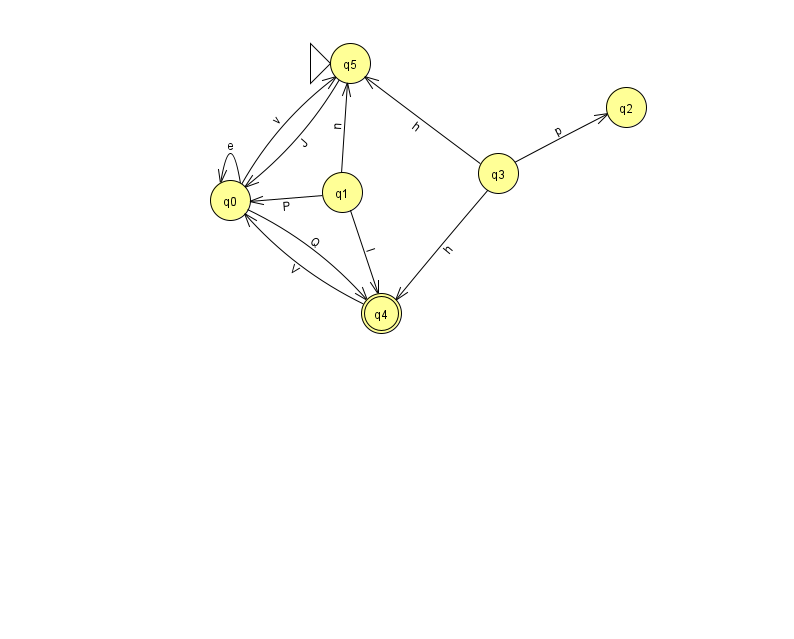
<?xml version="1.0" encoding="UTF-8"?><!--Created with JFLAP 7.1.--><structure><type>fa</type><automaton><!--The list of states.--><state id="0" name="q0"><x>230.0</x><y>187.0</y></state><state id="1" name="q1"><x>342.0</x><y>179.0</y></state><state id="2" name="q2"><x>626.0</x><y>94.0</y></state><state id="3" name="q3"><x>498.0</x><y>160.0</y></state><state id="4" name="q4"><x>381.0</x><y>300.0</y><final/></state><state id="5" name="q5"><x>350.0</x><y>50.0</y><initial/></state><!--The list of transitions.--><transition><from>0</from><to>4</to><read>Q</read></transition><transition><from>3</from><to>2</to><read>p</read></transition><transition><from>3</from><to>4</to><read>h</read></transition><transition><from>1</from><to>0</to><read>P</read></transition><transition><from>0</from><to>0</to><read>e</read></transition><transition><from>4</from><to>0</to><read>V</read></transition><transition><from>1</from><to>5</to><read>n</read></transition><transition><from>5</from><to>0</to><read>J</read></transition><transition><from>0</from><to>5</to><read>v</read></transition><transition><from>1</from><to>4</to><read>l</read></transition><transition><from>3</from><to>5</to><read>h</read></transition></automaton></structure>